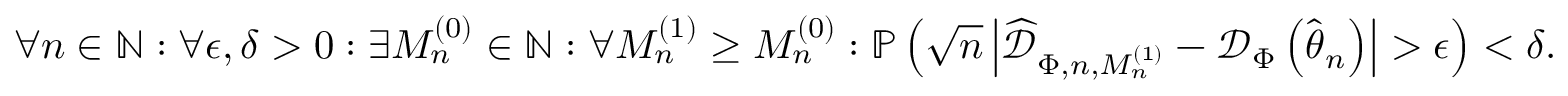
\forall n \in \mathbb { N } : \forall \epsilon , \delta > 0 : \exists M _ { n } ^ { ( 0 ) } \in \mathbb { N } : \forall M _ { n } ^ { ( 1 ) } \geq M _ { n } ^ { ( 0 ) } : \mathbb { P } \left( \sqrt { n } \left| \widehat { \mathcal { D } } _ { \Phi , n , M _ { n } ^ { ( 1 ) } } - \mathcal { D } _ { \Phi } \left( \widehat { \boldsymbol { \theta } } _ { n } \right) \right| > \epsilon \right) < \delta .